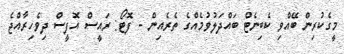
މީގެކުރިން ބޭއްވި ކެބިނެޓް ބައްދަލުވުމެއްގެ ތެރެއިން - ފޮޓޯ: ރައީސް އޮފީސް ދިވެހިރާއްޖެ